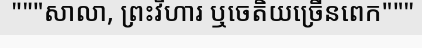
"""សាលា, ព្រះវិហារ ឬចេតិយច្រើនពេក"""